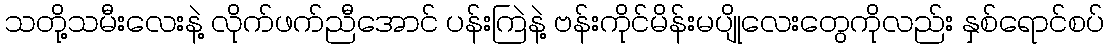
သတို့သမီးလေးနဲ့ လိုက်ဖက်ညီအောင် ပန်းကြဲနဲ့ ဗန်းကိုင်မိန်းမပျိုလေးတွေကိုလည်း နှစ်ရောင်စပ်